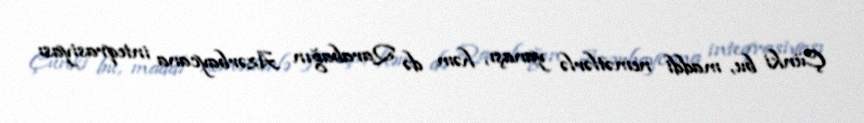
Çünki bu, maddi nemətlərlə yanaşı, həm də Qarabağın Azərbaycana inteqrasiyası